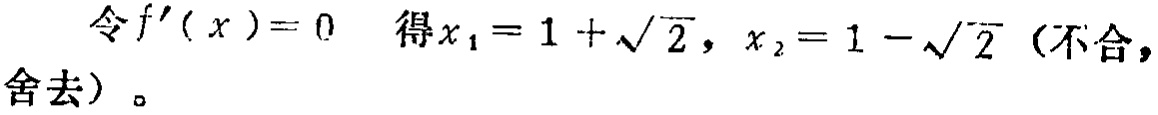
令$f^{\prime}(x)=0$ 得$x_{1}=1+\sqrt{2}, x_{2}=1-\sqrt{2}$（不合，舍去）。